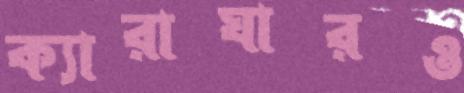
ক্যারাঘারও